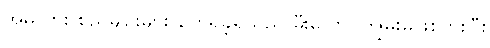
အိမ်ကား စည်မျဉ်းများ တွေရှိခဲ့ရသည် မီးလောင်ကျွမ်းမှုဖြစ်ပွားပြီး